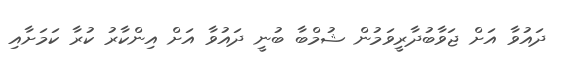
ދައުވާ އަށް ޖަވާބުދާރީވަމުން ޝުމްބާ ބުނީ ދައުވާ އަށް އިންކާރު ކުރާ ކަމަށާއި